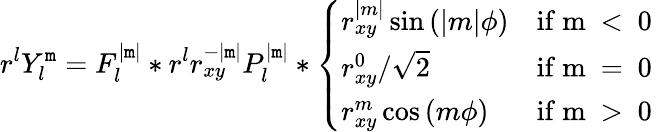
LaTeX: r^{l}Y_{l}^{\mathtt{m}}=F_{l}^{|\mathtt{m}|}*r^{l}r_{xy}^{-|\mathtt{m}|}P_{l}^{|\mathtt{m}|}*\left\{ \begin{array}{ll}{r_{xy}^{|m|}\sin{(|m|\phi)}}&{\mathrm{if~m~<~0~}}\\ {r_{xy}^{0}/\sqrt{2}}&{\mathrm{if~m~=~0~}}\\ {r_{xy}^{m}\cos{(m\phi)}}&{\mathrm{if~m~>~0~}}\end{array}\right.